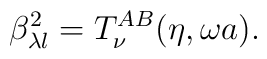
\beta _{\lambda l}^2=T_\nu ^{AB}(\eta ,\omega a).